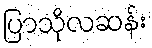
ပြာသိုလဆန်း